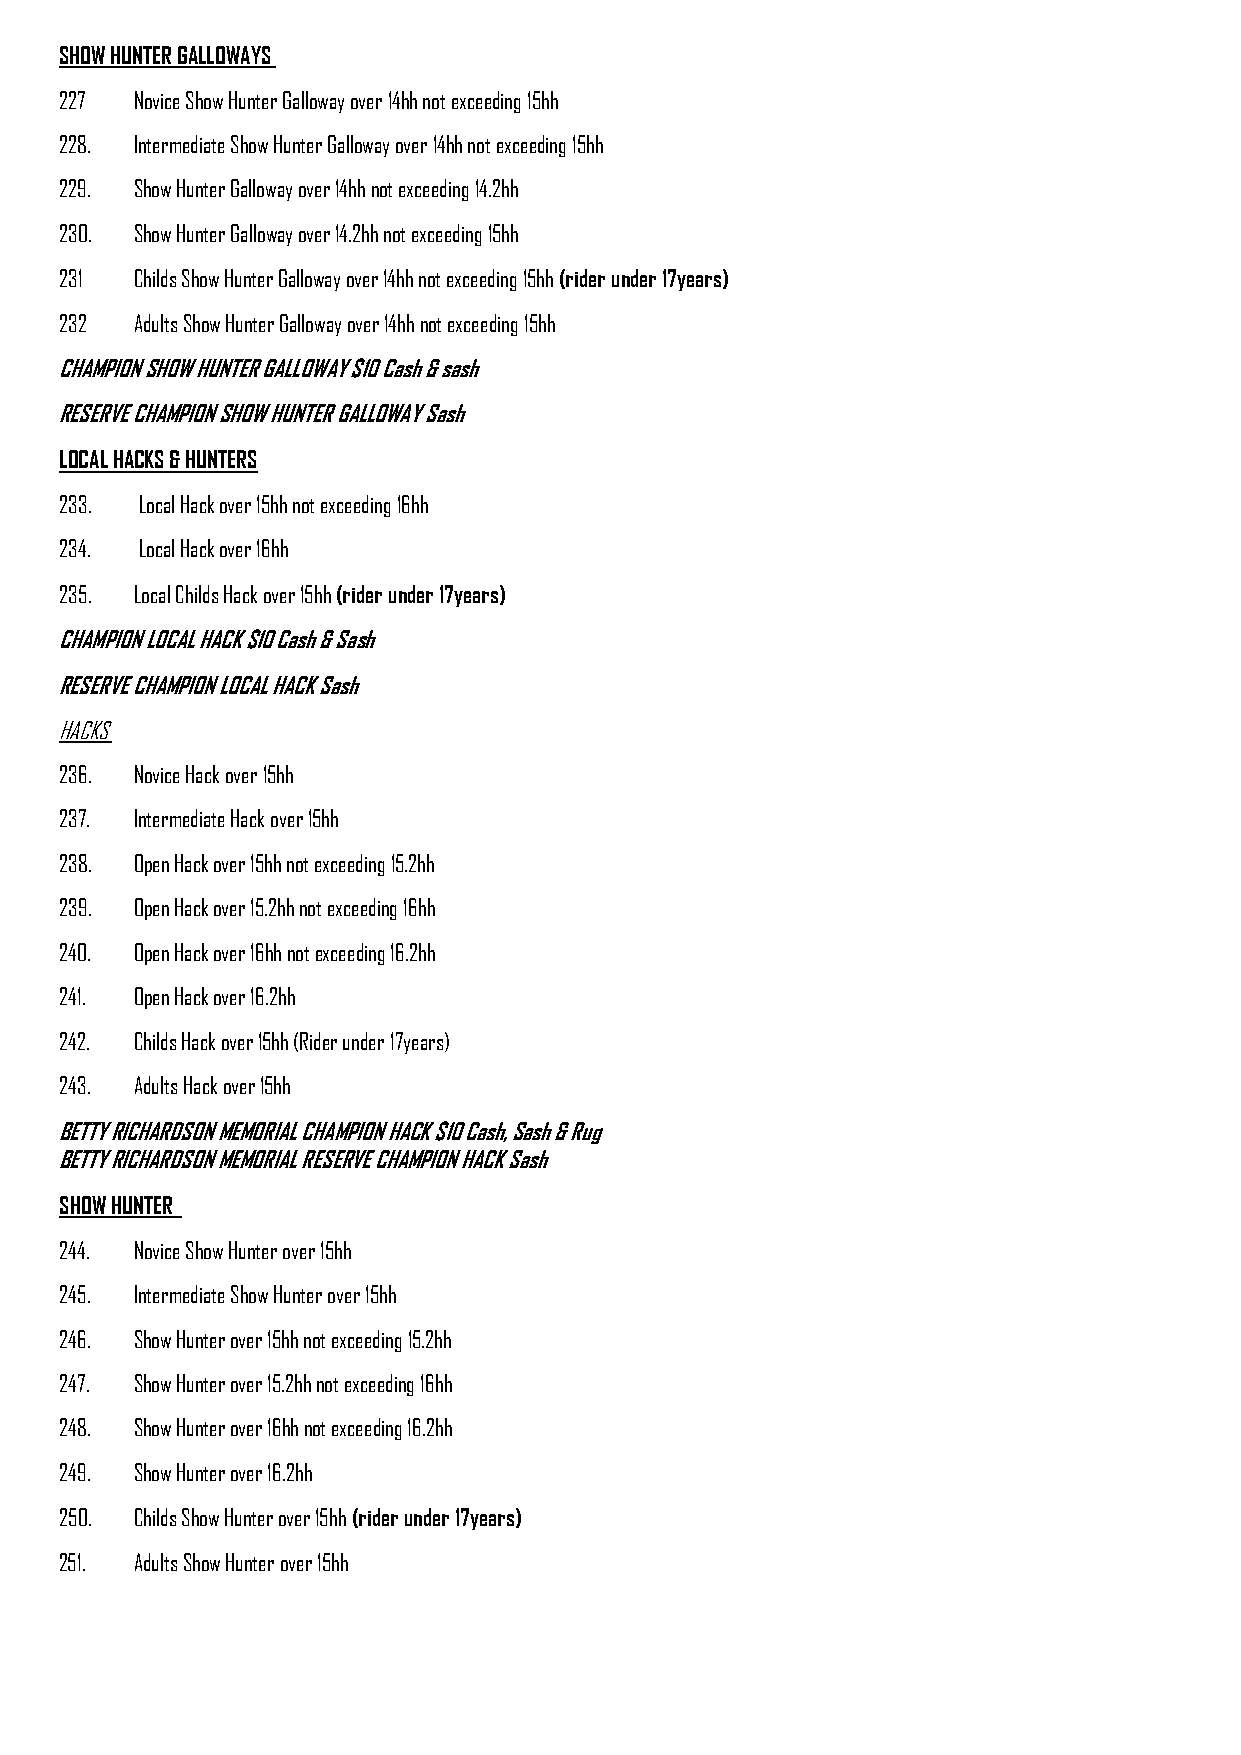
SHOW HUNTER GALLOWAYS
 227  Novice Show Hunter Galloway over 14hh not exceeding 15hh
 228. Intermediate Show Hunter Galloway over 14hh not exceeding 15hh
 229. Show Hunter Galloway over 14hh not exceeding 14.2hh
 230. Show Hunter Galloway over 14.2hh not exceeding 15hh
 231  Childs Show Hunter Galloway over 14hh not exceeding 15hh (rider under 17years)
 232  Adults Show Hunter Galloway over 14hh not exceeding 15hh
 CHAMPION SHOW HUNTER GALLOWAY $10 Cash & sash
 RESERVE CHAMPION SHOW HUNTER GALLOWAY Sash
 LOCAL HACKS & HUNTERS
 233. Local Hack over 15hh not exceeding 16hh
 234. Local Hack over 16hh
 235. Local Childs Hack over 15hh (rider under 17years)
 CHAMPION LOCAL HACK $10 Cash & Sash
 RESERVE CHAMPION LOCAL HACK Sash
 HACKS
 236. Novice Hack over 15hh
 237. Intermediate Hack over 15hh
 238. Open Hack over 15hh not exceeding 15.2hh
 239. Open Hack over 15.2hh not exceeding 16hh
 240. Open Hack over 16hh not exceeding 16.2hh
 241. Open Hack over 16.2hh
 242. Childs Hack over 15hh (Rider under 17years)
 243. Adults Hack over 15hh
 BETTY RICHARDSON MEMORIAL CHAMPION HACK $10 Cash, Sash & Rug
 BETTY RICHARDSON MEMORIAL RESERVE CHAMPION HACK Sash
 SHOW HUNTER
 244. Novice Show Hunter over 15hh
 245. Intermediate Show Hunter over 15hh
 246. Show Hunter over 15hh not exceeding 15.2hh
 247. Show Hunter over 15.2hh not exceeding 16hh
 248. Show Hunter over 16hh not exceeding 16.2hh
 249. Show Hunter over 16.2hh
 250. Childs Show Hunter over 15hh (rider under 17years)
 251. Adults Show Hunter over 15hh